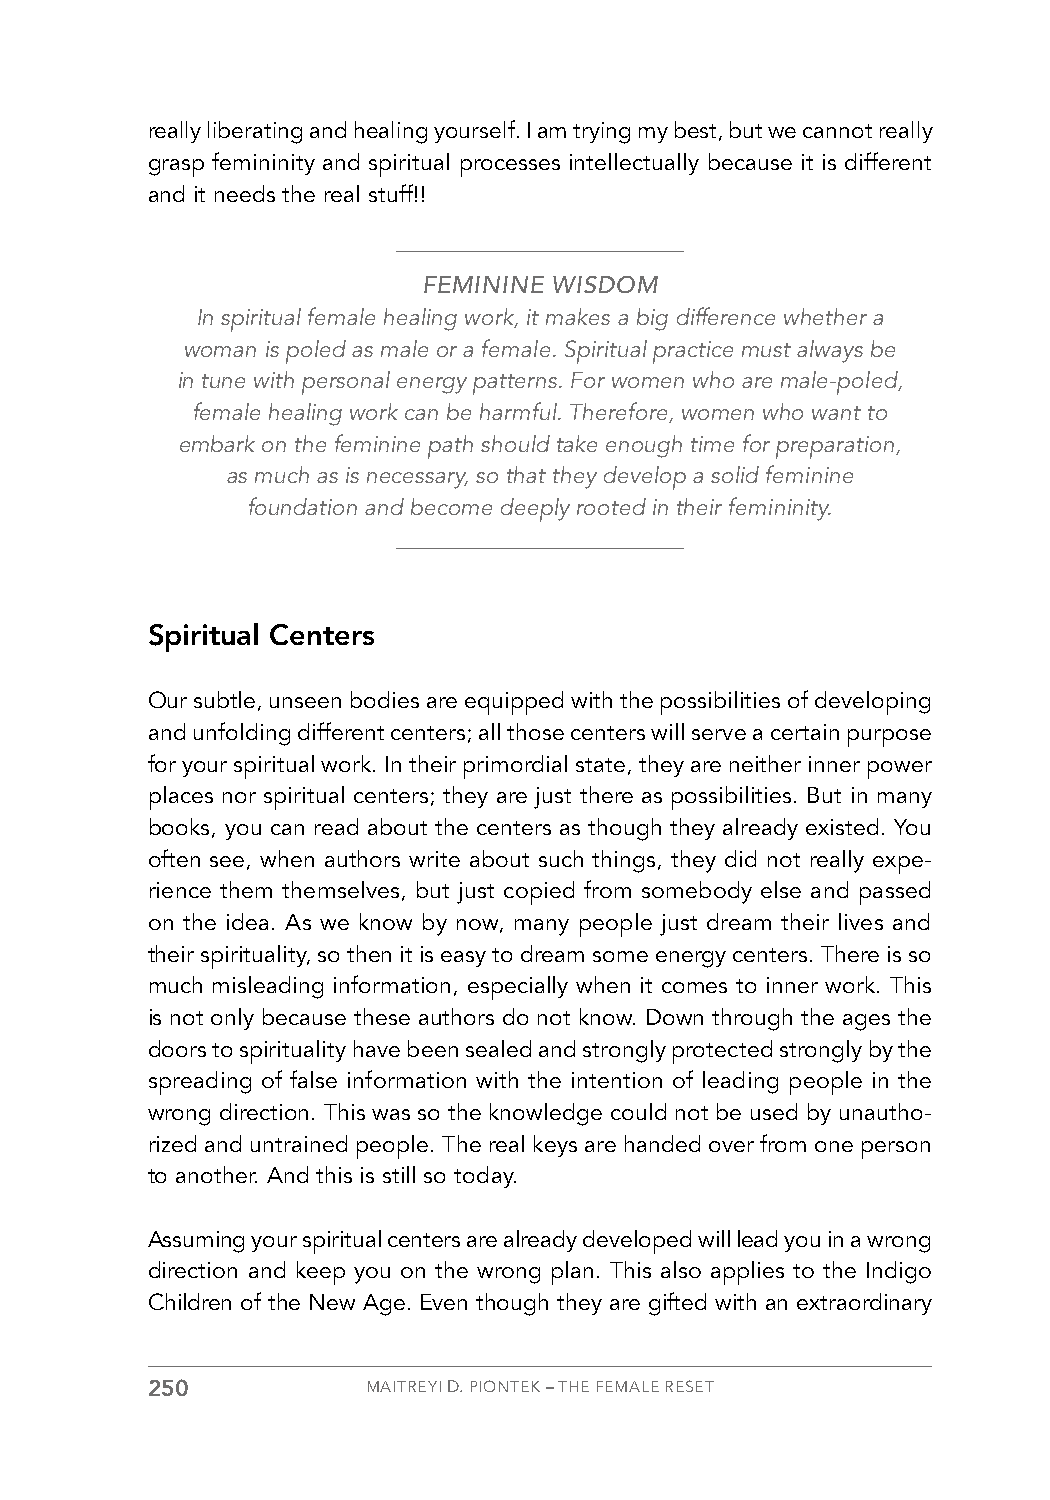
really liberating and healing yourself. I am trying my best, but we cannot really
 grasp femininity and spiritual processes intellectually because it is different
 and it needs the real stuff!!
 FEMININE WISDOM
 In spiritual female healing work, it makes a big difference whether a
 woman is poled as male or a female. Spiritual practice must always be
 in tune with personal energy patterns. For women who are male-poled,
 female healing work can be harmful. Therefore, women who want to
 embark on the feminine path should take enough time for preparation,
 as much as is necessary, so that they develop a solid feminine
 foundation and become deeply rooted in their femininity.
 Spiritual Centers
 Our subtle, unseen bodies are equipped with the possibilities of developing
 and unfolding different centers; all those centers will serve a certain purpose
 for your spiritual work. In their primordial state, they are neither inner power
 places nor spiritual centers; they are just there as possibilities. But in many
 books, you can read about the centers as though they already existed. You
 often see, when authors write about such things, they did not really expe-
 rience them themselves, but just copied from somebody else and passed
 on the idea. As we know by now, many people just dream their lives and
 their spirituality, so then it is easy to dream some energy centers. There is so
 much misleading information, especially when it comes to inner work. This
 is not only because these authors do not know. Down through the ages the
 doors to spirituality have been sealed and strongly protected strongly by the
 spreading of false information with the intention of leading people in the
 wrong direction. This was so the knowledge could not be used by unautho-
 rized and untrained people. The real keys are handed over from one person
 to another. And this is still so today.
 Assuming your spiritual centers are already developed will lead you in a wrong
 direction and keep you on the wrong plan. This also applies to the Indigo
 Children of the New Age. Even though they are gifted with an extraordinary
 250           MAITREYI D. PIONTEK – THE FEMALE RESET